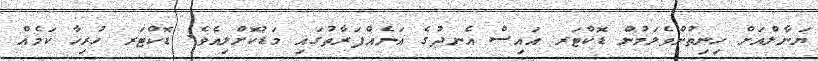
ޔަނާލްއަށް ހިނިތުންވެލަމުން ޑޮކްޓަރ އައިސް އެނދުގެ އަނެއްފަރާތުގައި މަޑުކޮށްލިއެވެ. ޑޮކްޓަރ ހުރިހާ ކަމެއް